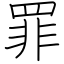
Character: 罪